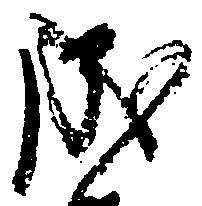
成